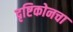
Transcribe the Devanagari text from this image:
दृष्टिकोनचा